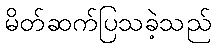
မိတ်ဆက်ပြသခဲ့သည်